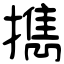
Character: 擕